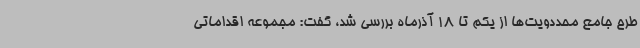
طرح جامع محددویت‌ها از یکم تا 18 آذرماه بررسی شد، گفت: مجموعه اقداماتی